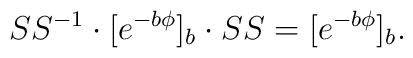
\SS^{-1}\cdot[e^{-b\phi}]_b\cdot \SS= [e^{-b\phi}]_b.